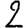
Digit: 2